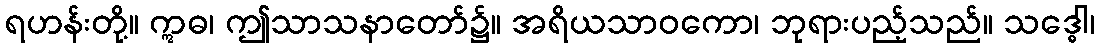
ရဟန်းတို့။ ဣဓ၊ ဤသာသနာတော်၌။ အရိယသာဝကော၊ ဘုရားပည့်သည်။ သဒ္ဓေါ၊